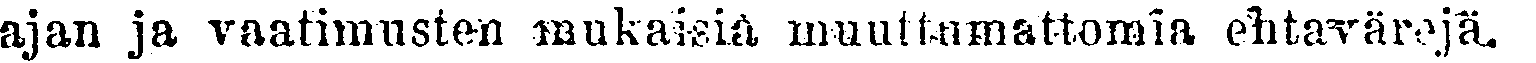
ajan ja vaatimusten mukaisia muuttumattomia ehtavärejä.